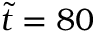
\tilde { t } = 8 0